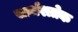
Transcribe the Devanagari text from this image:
सार्धश्लोक